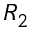
R _ { 2 }